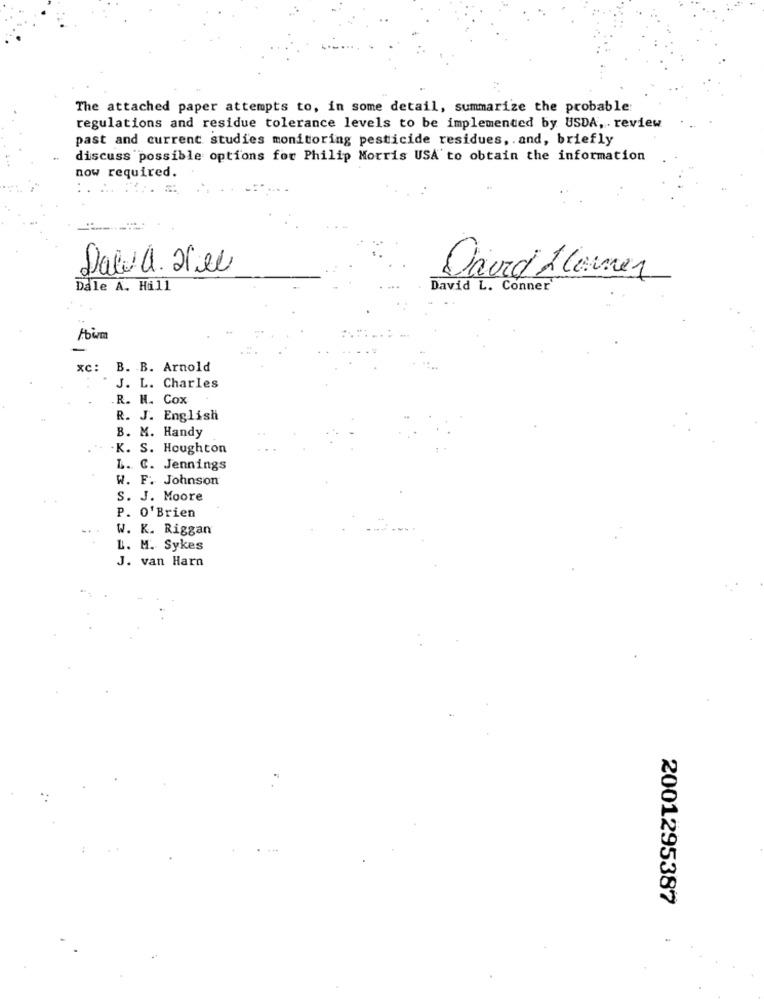
The attached paper attempts to, in some detail, summarize the probable:
regulations and residue tolerance levels to be implemented by USDA, . review
past and current studies monitoring pesticide residues, and, briefly
discuss possible options for Philip Morris USA to obtain the information
now required.
Saw a. 2ee
David Alamer
Dale A. Hill
David L. Conner
xc: B. B. Arnold
J. L. Charles
R. H. Cox
R. J. English
B. M. Handy
.K. S. Houghton
L. C. Jennings
W. F. Johnson
S. J. Moore
P. O'Brien
W. K. Riggan
L. M. Sykes
J. van Harn
2001295387